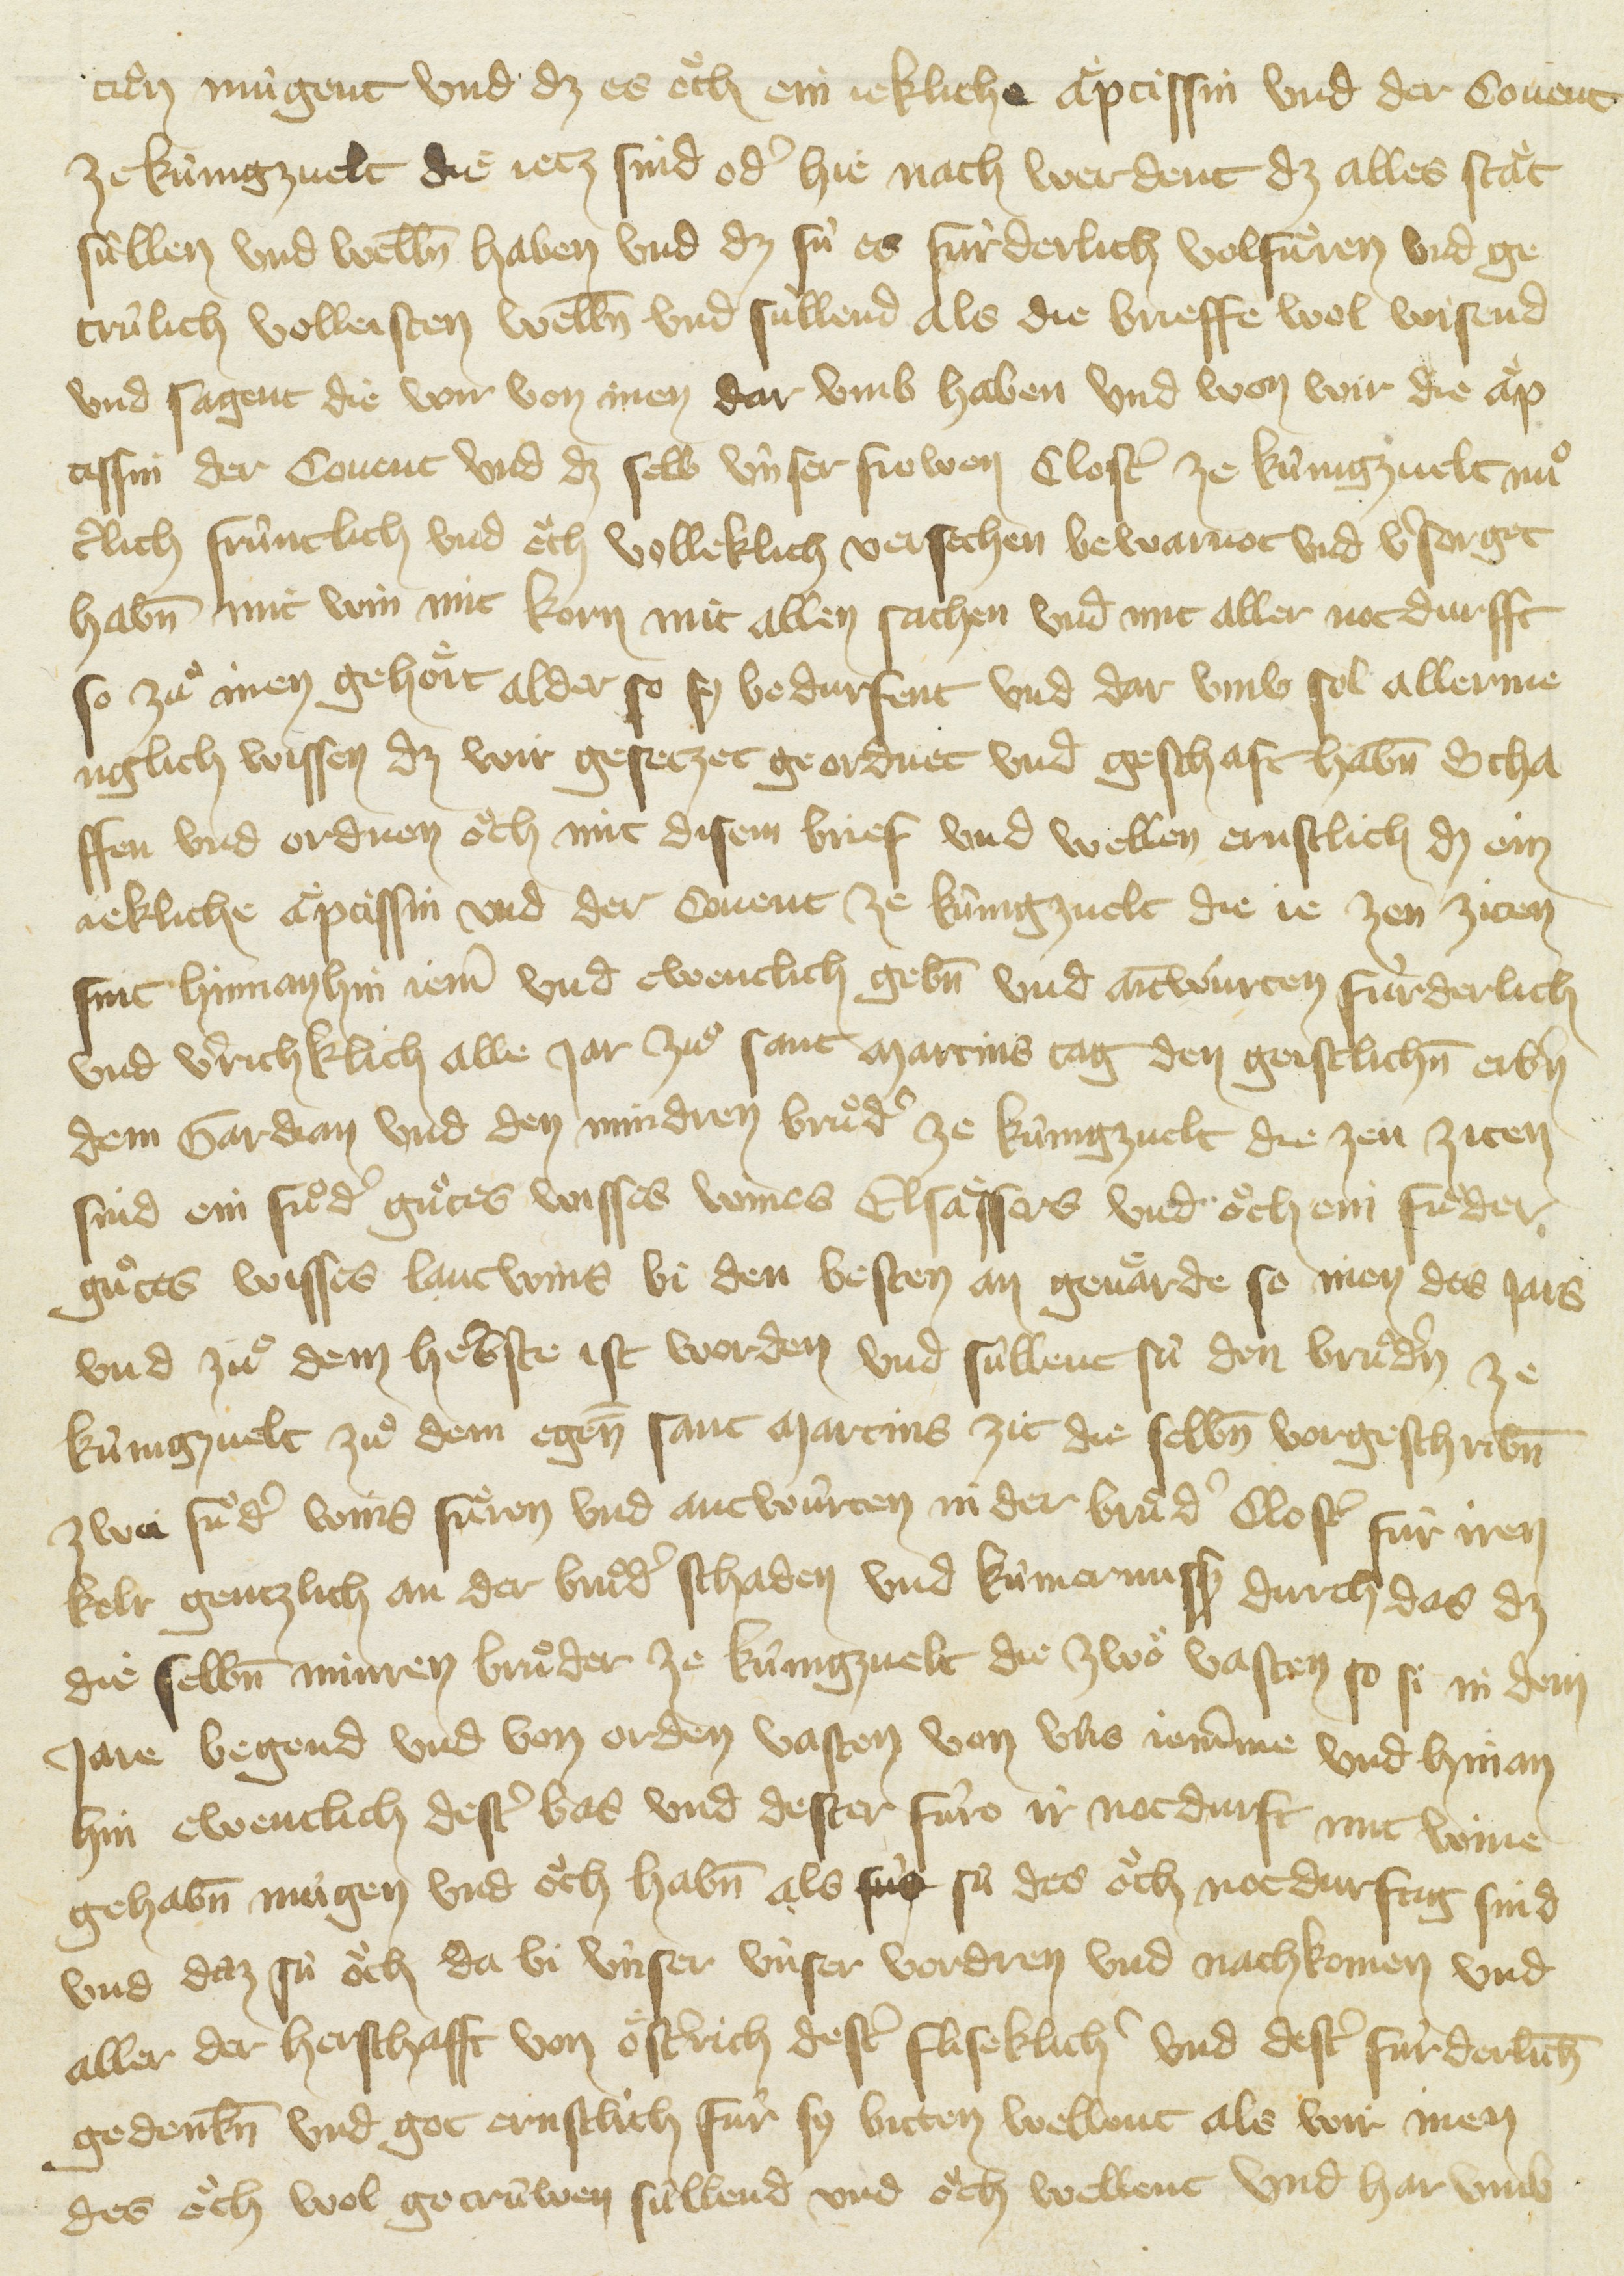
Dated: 1416–1418